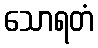
သောရတံ